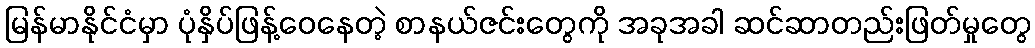
မြန်မာနိုင်ငံမှာ ပုံနှိပ်ဖြန့်ဝေနေတဲ့ စာနယ်ဇင်းတွေကို အခုအခါ ဆင်ဆာတည်းဖြတ်မှုတွေ